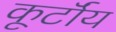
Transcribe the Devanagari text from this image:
कूर्टॉय